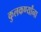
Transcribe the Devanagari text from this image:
कुलकर्ण्यांना